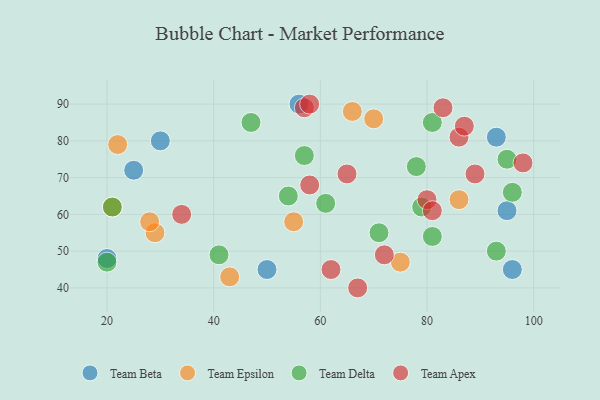
{"axis": {"x": "GDP", "y": "Life Expectancy"}, "legend": ["Team Apex", "Team Beta", "Team Delta", "Team Epsilon"], "data": [{"x": "25", "y": 72, "type": "Team Beta"}, {"x": "96", "y": 45, "type": "Team Beta"}, {"x": "56", "y": 90, "type": "Team Beta"}, {"x": "30", "y": 80, "type": "Team Beta"}, {"x": "93", "y": 81, "type": "Team Beta"}, {"x": "95", "y": 61, "type": "Team Beta"}, {"x": "50", "y": 45, "type": "Team Beta"}, {"x": "20", "y": 48, "type": "Team Beta"}, {"x": "29", "y": 55, "type": "Team Epsilon"}, {"x": "43", "y": 43, "type": "Team Epsilon"}, {"x": "66", "y": 88, "type": "Team Epsilon"}, {"x": "55", "y": 58, "type": "Team Epsilon"}, {"x": "86", "y": 64, "type": "Team Epsilon"}, {"x": "28", "y": 58, "type": "Team Epsilon"}, {"x": "70", "y": 86, "type": "Team Epsilon"}, {"x": "22", "y": 79, "type": "Team Epsilon"}, {"x": "75", "y": 47, "type": "Team Epsilon"}, {"x": "21", "y": 62, "type": "Team Epsilon"}, {"x": "20", "y": 47, "type": "Team Delta"}, {"x": "81", "y": 54, "type": "Team Delta"}, {"x": "57", "y": 76, "type": "Team Delta"}, {"x": "93", "y": 50, "type": "Team Delta"}, {"x": "96", "y": 66, "type": "Team Delta"}, {"x": "78", "y": 73, "type": "Team Delta"}, {"x": "79", "y": 62, "type": "Team Delta"}, {"x": "71", "y": 55, "type": "Team Delta"}, {"x": "54", "y": 65, "type": "Team Delta"}, {"x": "61", "y": 63, "type": "Team Delta"}, {"x": "21", "y": 62, "type": "Team Delta"}, {"x": "41", "y": 49, "type": "Team Delta"}, {"x": "47", "y": 85, "type": "Team Delta"}, {"x": "81", "y": 85, "type": "Team Delta"}, {"x": "95", "y": 75, "type": "Team Delta"}, {"x": "65", "y": 71, "type": "Team Apex"}, {"x": "62", "y": 45, "type": "Team Apex"}, {"x": "67", "y": 40, "type": "Team Apex"}, {"x": "98", "y": 74, "type": "Team Apex"}, {"x": "80", "y": 64, "type": "Team Apex"}, {"x": "86", "y": 81, "type": "Team Apex"}, {"x": "83", "y": 89, "type": "Team Apex"}, {"x": "34", "y": 60, "type": "Team Apex"}, {"x": "72", "y": 49, "type": "Team Apex"}, {"x": "58", "y": 68, "type": "Team Apex"}, {"x": "57", "y": 89, "type": "Team Apex"}, {"x": "87", "y": 84, "type": "Team Apex"}, {"x": "81", "y": 61, "type": "Team Apex"}, {"x": "58", "y": 90, "type": "Team Apex"}, {"x": "89", "y": 71, "type": "Team Apex"}]}